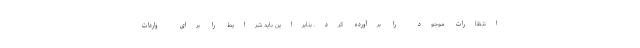
انتظارات موجود را برآورده کرد. بنابراین باید شرایط را برای واردات